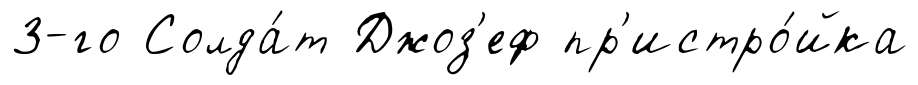
3-го Солда́т Джоз'еф пр'истро́йка